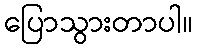
ပြောသွားတာပါ။